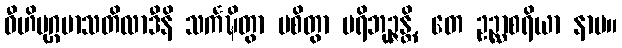
ဝီဟိမုဂ္ဂမာသတိလာဒီနိ သင်္ကဍ္ဎိတွာ ပစိတွာ ပရိဘုဉ္ဇန္တိ, တေ ဥဉ္ဆာစရိယာ နာမ။